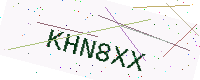
Text: KHN8XX